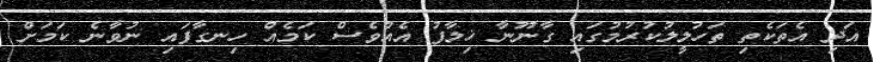
އަދި އެތަކެތި ތަހުލީލުކުރުމުގައި ގާނޫނާ ޚިލާފު އެއްވެސް ކަމެއް ހިނގާފައި ނުވާނެ ކަމަށް